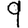
Digit: 9